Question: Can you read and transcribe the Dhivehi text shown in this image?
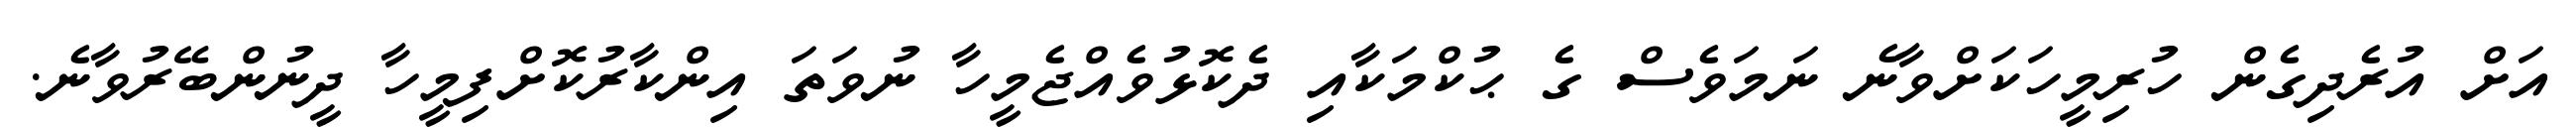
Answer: އަށް އުރެދިގެން ހުރިމީހަކަށްވާނެ ނަމަވެސް ގެ ޙުކްމަކާއި ދެކޮޅުވެއްޖެމީހާ ނުވަތަ އިންކާރުކޮށްފިމީހާ ދީނުންބޭރުވާނެ.